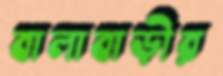
বালাবাড়ীর